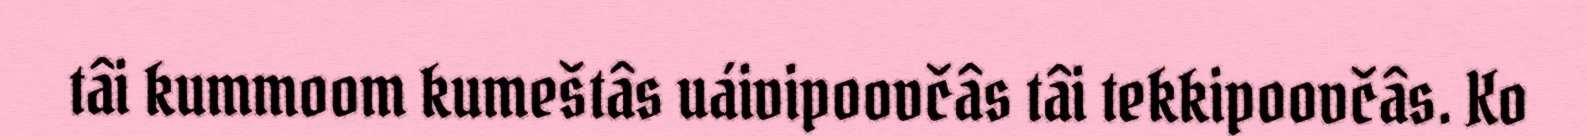
tâi kummoom kumeštâs uáivipoovčâs tâi tekkipoovčâs. Ko